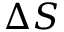
\Delta S